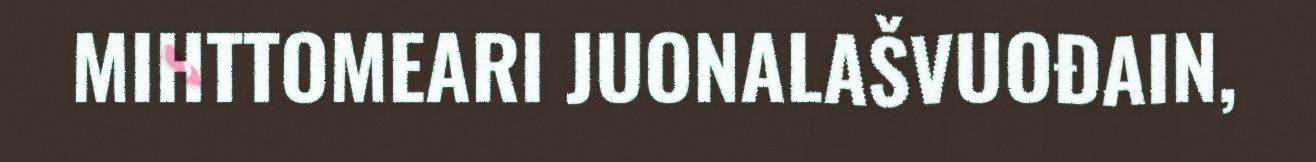
MIHTTOMEARI JUONALAŠVUOĐAIN,